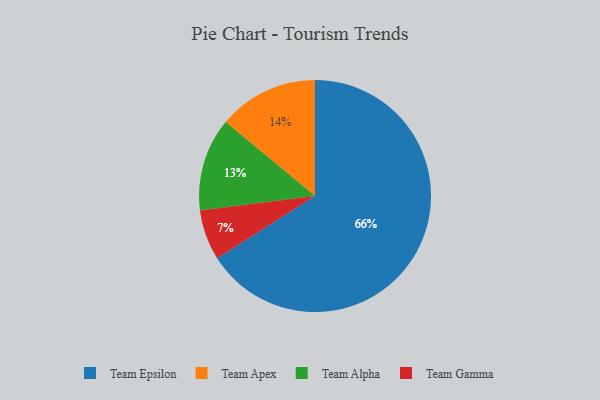
{"axis": {"x": "Category", "y": "Percentage"}, "legend": ["Team Alpha", "Team Apex", "Team Epsilon", "Team Gamma"], "data": [{"x": "Team Alpha", "y": 13, "type": "Team Alpha"}, {"x": "Team Gamma", "y": 7, "type": "Team Gamma"}, {"x": "Team Epsilon", "y": 66, "type": "Team Epsilon"}, {"x": "Team Apex", "y": 14, "type": "Team Apex"}]}